Etiology and epidemiology of plague
Disease focus: Plague
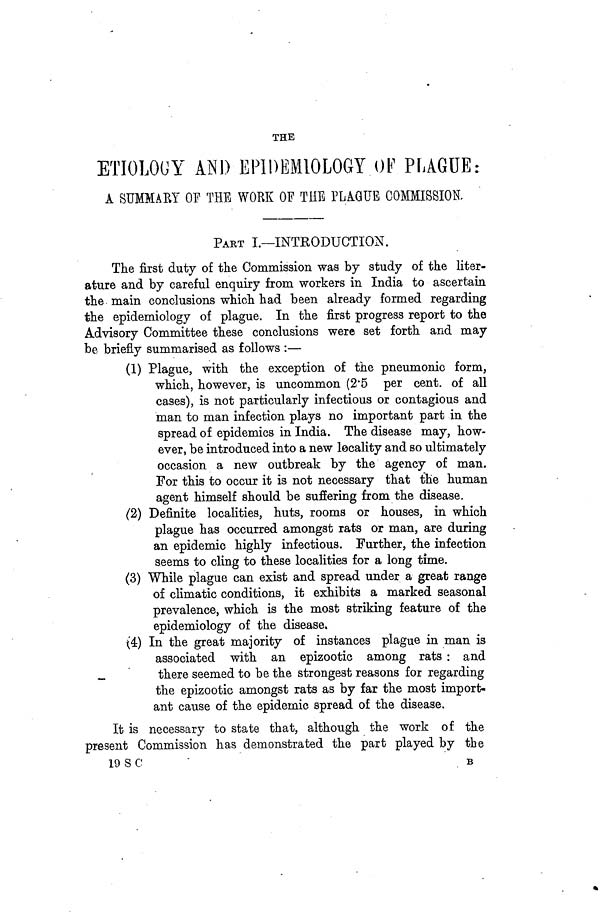
THE
ETIOLOGY AND EPIDEMIOLOGY OF PLAGUE:
A SUMMARY OF THE WORK OF THE PLAGUE COMMISSION.
PART I.—INTRODUCTION.
The first duty of the Commission was by study of the liter-
ature and by careful enquiry from workers in India to ascertain
the main conclusions which had been already formed regarding
the epidemiology of plague. In the first progress report to the
Advisory Committee these conclusions were set forth and may
be briefly summarised as follows :—
(1) Plague, with the exception of the pneumonic form,
which, however, is uncommon (2 5 per cent. of all
cases), is not particularly infectious or contagious and
man to man infection plays no important part in the
spread of epidemics in India. The disease may, how-
ever, be introduced into a new locality and so ultimately
occasion a new outbreak by the agency of man.
For this to occur it is not necessary that the human
agent himself should be suffering from the disease.
(2) Definite localities, huts, rooms or houses, in which
plague has occurred amongst rats or man, are during
an epidemic highly infectious. Further, the infection
seems to cling to these localities for a long time.
(3) While plague can exist and spread under a great range
of climatic conditions, it exhibits a marked seasonal
prevalence, which is the most striking feature of the
epidemiology of the disease,
(4) In the great majority of instances plague in man is
associated with an epizootic among rats : and
there seemed to be the strongest reasons for regarding
the epizootic amongst rats as by far the most import-
ant cause of the epidemic spread of the disease.
It is necessary to state that, although the work of the
present Commission has demonstrated the part played by the
19 S C
B